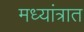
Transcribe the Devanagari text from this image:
मध्यांत्रात